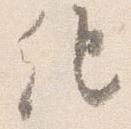
紀